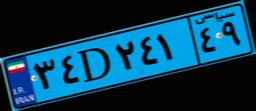
۳۴D۲۴۱۴۹